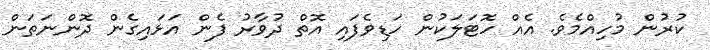
ކުރުން މުހިއްމެވެ. އެއް ހޮޓަލަކުން ހަޑިވެފައި އޮތް ދުވާރު ފެން އަޅައިގެން ދޮންނަތަން